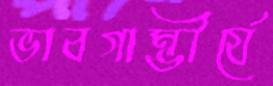
ভাবগাম্ভীর্যে